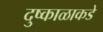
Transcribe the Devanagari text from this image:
दुष्काळाकडे